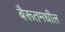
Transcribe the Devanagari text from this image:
बैरूतमधील